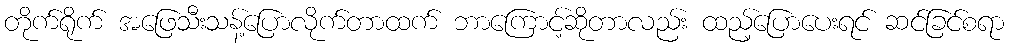
တိုက်ရိုက် အဖြေသီးသန့်ပြောလိုက်တာထက် ဘာကြောင့်ဆိုတာလည်း ထည့်ပြောပေးရင် ဆင်ခြင်စရာ